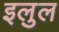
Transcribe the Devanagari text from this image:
इलुल